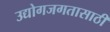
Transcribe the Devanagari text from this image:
उद्योगजगतासाठी